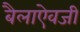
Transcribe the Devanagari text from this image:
बैलाऐवजी